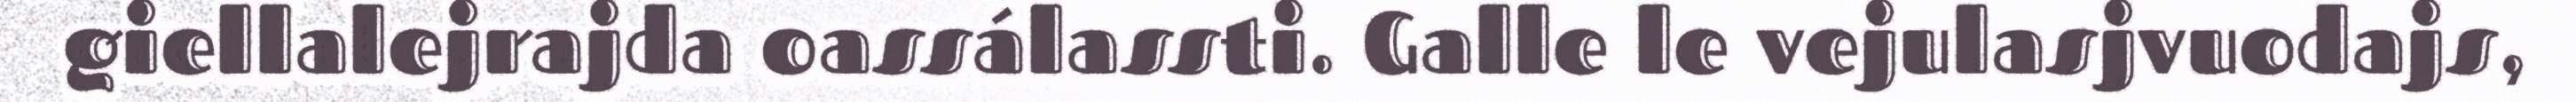
giellalejrajda oassálassti. Galle le vejulasjvuodajs,